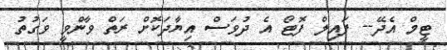
ޓީމް އެދޭ-- ފައިލް ފޮޓޯ އެ ދުވަސް އިޔާދަކޮށް ރަތް ވާންވީ ވަގުތު